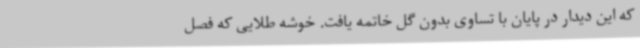
که این دیدار در پایان با تساوی بدون گل خاتمه یافت. خوشه طلایی که فصل